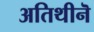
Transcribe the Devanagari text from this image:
अतिथीनॆ